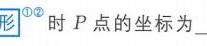
形\(^{\textcircled{1}\textcircled{2}}\)时\(P\)点的坐标为[